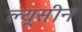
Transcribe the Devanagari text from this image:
ल्यूसीन